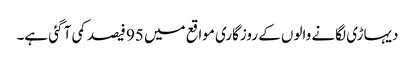
دیہاڑی لگانے والوں کے روزگاری مواقع میں 95 فیصد کمی آ گئی ہے۔